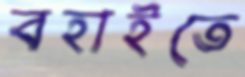
বহাইতে